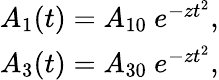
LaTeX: \begin{array}{r}{A_{1}(t)=A_{10}\ e^{-zt^{2}},}\\ {A_{3}(t)=A_{30}\ e^{-zt^{2}},}\end{array}